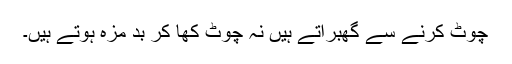
چوٹ کرنے سے گھبراتے ہیں نہ چوٹ کھا کر بد مزہ ہوتے ہیں۔